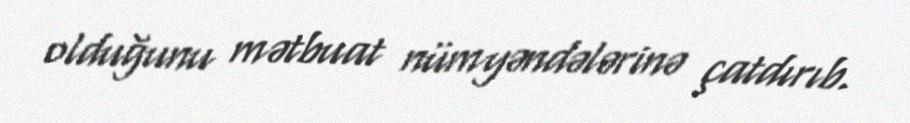
olduğunu mətbuat nümyəndələrinə çatdırıb.